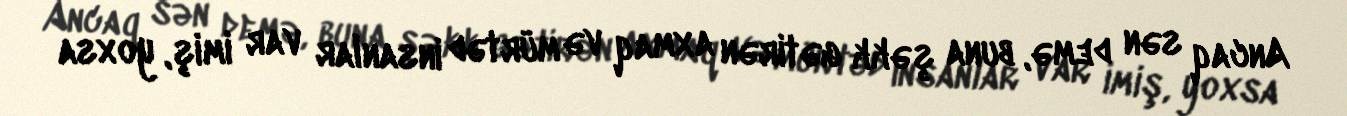
Ancaq sən demə, buna şəkk gətirən axmaq və mürtəd insanlar var imiş, yoxsa